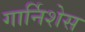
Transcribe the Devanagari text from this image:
गार्निशेस